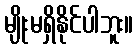
မျိုးမရှိနိုင်ပါဘူး။